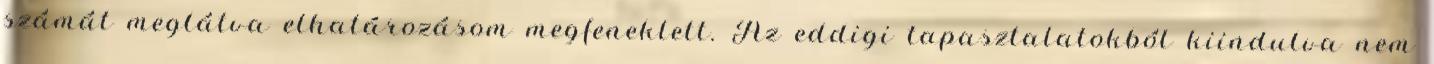
számát meglátva elhatározásom megfeneklett. Az eddigi tapasztalatokból kiindulva nem